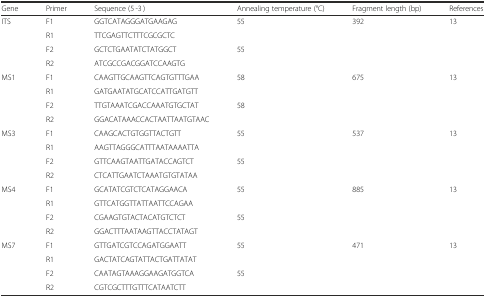
| Gene | Primer | Sequence (5′-3′) | Annealing temperature (°C) | Fragment length (bp) | References |
 | --- | --- | --- | --- | --- | --- |
 | <ROWSPAN=4> ITS | F1 | GGTCATAGGGATGAAGAG | <ROWSPAN=2> 55 | <ROWSPAN=4> 392 | <ROWSPAN=4> 13 |
 | R1 | TTCGAGTTCTTTCGCGCTC |
 | F2 | GCTCTGAATATCTATGGCT | <ROWSPAN=2> 55 |
 | R2 | ATCGCCGACGGATCCAAGTG |
 | <ROWSPAN=4> MS1 | F1 | CAAGTTGCAAGTTCAGTGTTTGAA | <ROWSPAN=2> 58 | <ROWSPAN=4> 675 | <ROWSPAN=4> 13 |
 | R1 | GATGAATATGCATCCATTGATGTT |
 | F2 | TTGTAAATCGACCAAATGTGCTAT | <ROWSPAN=2> 58 |
 | R2 | GGACATAAACCACTAATTAATGTAAC |
 | <ROWSPAN=4> MS3 | F1 | CAAGCACTGTGGTTACTGTT | <ROWSPAN=2> 55 | <ROWSPAN=4> 537 | <ROWSPAN=4> 13 |
 | R1 | AAGTTAGGGCATTTAATAAAATTA |
 | F2 | GTTCAAGTAATTGATACCAGTCT | <ROWSPAN=2> 55 |
 | R2 | CTCATTGAATCTAAATGTGTATAA |
 | <ROWSPAN=4> MS4 | F1 | GCATATCGTCTCATAGGAACA | <ROWSPAN=2> 55 | <ROWSPAN=4> 885 | <ROWSPAN=4> 13 |
 | R1 | GTTCATGGTTATTAATTCCAGAA |
 | F2 | CGAAGTGTACTACATGTCTCT | <ROWSPAN=2> 55 |
 | R2 | GGACTTTAATAAGTTACCTATAGT |
 | <ROWSPAN=4> MS7 | F1 | GTTGATCGTCCAGATGGAATT | <ROWSPAN=2> 55 | <ROWSPAN=4> 471 | <ROWSPAN=4> 13 |
 | R1 | GACTATCAGTATTACTGATTATAT |
 | F2 | CAATAGTAAAGGAAGATGGTCA | <ROWSPAN=2> 55 |
 | R2 | CGTCGCTTTGTTTCATAATCTT |